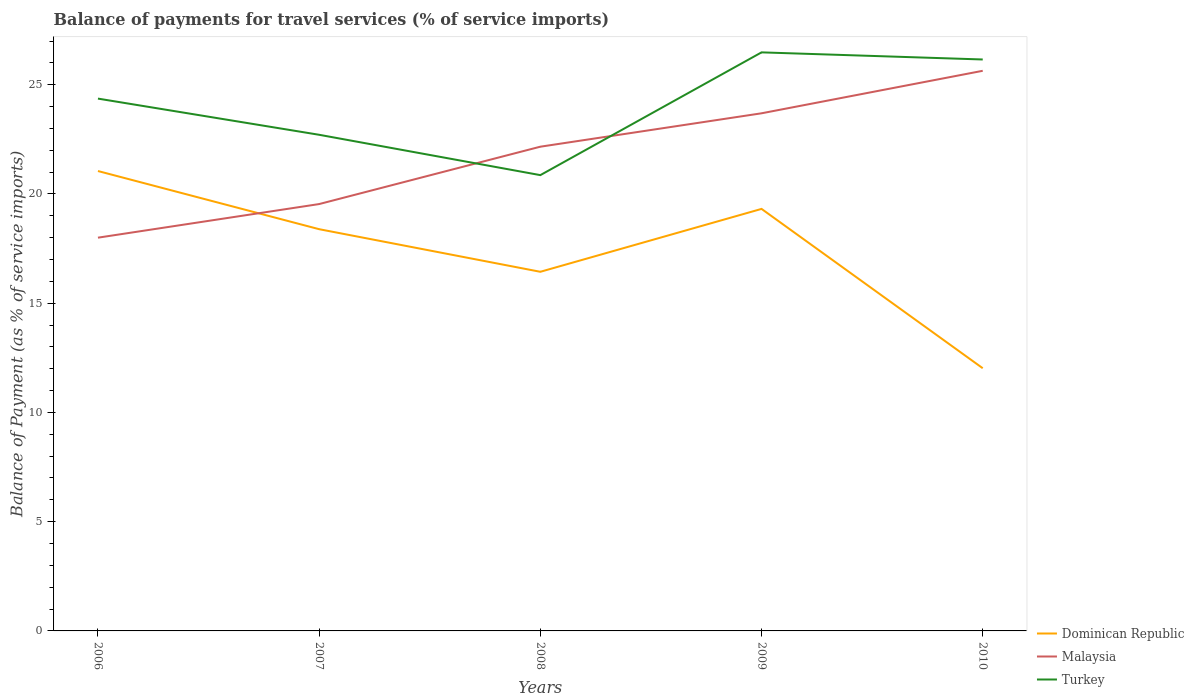
| Years | Dominican Republic | Malaysia | Turkey |
 | --- | --- | --- | --- |
 | 2006 | 21 | 18 | 24.4 |
 | 2007 | 18.4 | 19.5 | 22.7 |
 | 2008 | 16.4 | 22.2 | 20.9 |
 | 2009 | 19.3 | 23.7 | 26.5 |
 | 2010 | 12 | 25.6 | 26.2 |